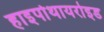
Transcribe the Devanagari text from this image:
हाइपोथायरोइड